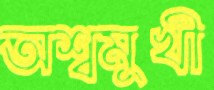
অশ্বমুখী